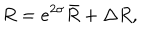
R = e ^ { 2 \sigma } \bar { R } + \Delta R ,